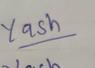
Signature authenticity: genuine